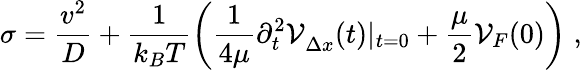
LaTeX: \sigma=\frac{v^{2}}{D}+\frac{1}{k_{B}T}\left(\frac{1}{4\mu}{\partial_{t}^{2}\cal V}_{\Delta x}(t)|_{t=0}+\frac{\mu}{2}{\cal V}_{F}(0)\right)\; ,